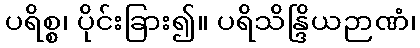
ပရိစ္စ၊ ပိုင်းခြား၍။ ပရိသိန္ဒြိယဉာဏံ၊